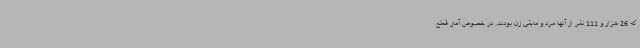
که 26 هزار و 111 نفر از آنها مرد و مابقی زن بودند. در خصوص آمار قطع